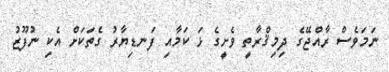
ނަމަވެސް ރާއްޖޭގެ ދިމިޤްރާތީ ވެށީގެ ޅަ ކަމާއި ފަނޑިޔާރު ގެތަކަށް އެކި ނުފޫޒު